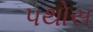
પથોસ